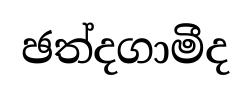
ඡත්දගාමීද